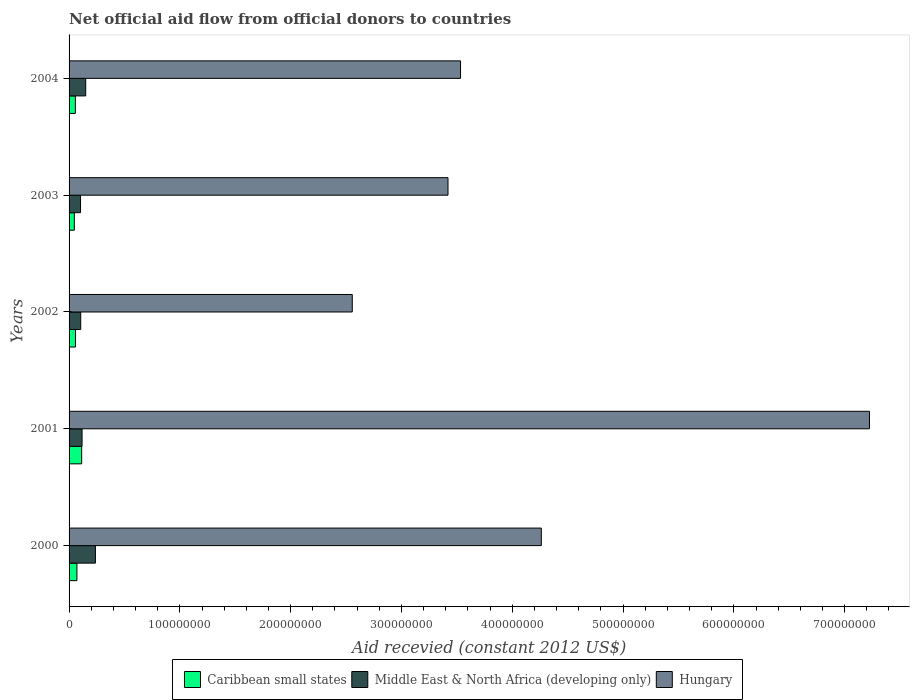
| Years | Caribbean small states | Middle East & North Africa (developing only) | Hungary |
 | --- | --- | --- | --- |
 | 2000 | 7.08e+06 | 2.38e+07 | 4.26e+08 |
 | 2001 | 1.14e+07 | 1.17e+07 | 7.22e+08 |
 | 2002 | 5.78e+06 | 1.05e+07 | 2.56e+08 |
 | 2003 | 4.76e+06 | 1.03e+07 | 3.42e+08 |
 | 2004 | 5.66e+06 | 1.5e+07 | 3.53e+08 |